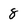
Character: 8